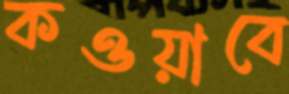
কওয়াবে